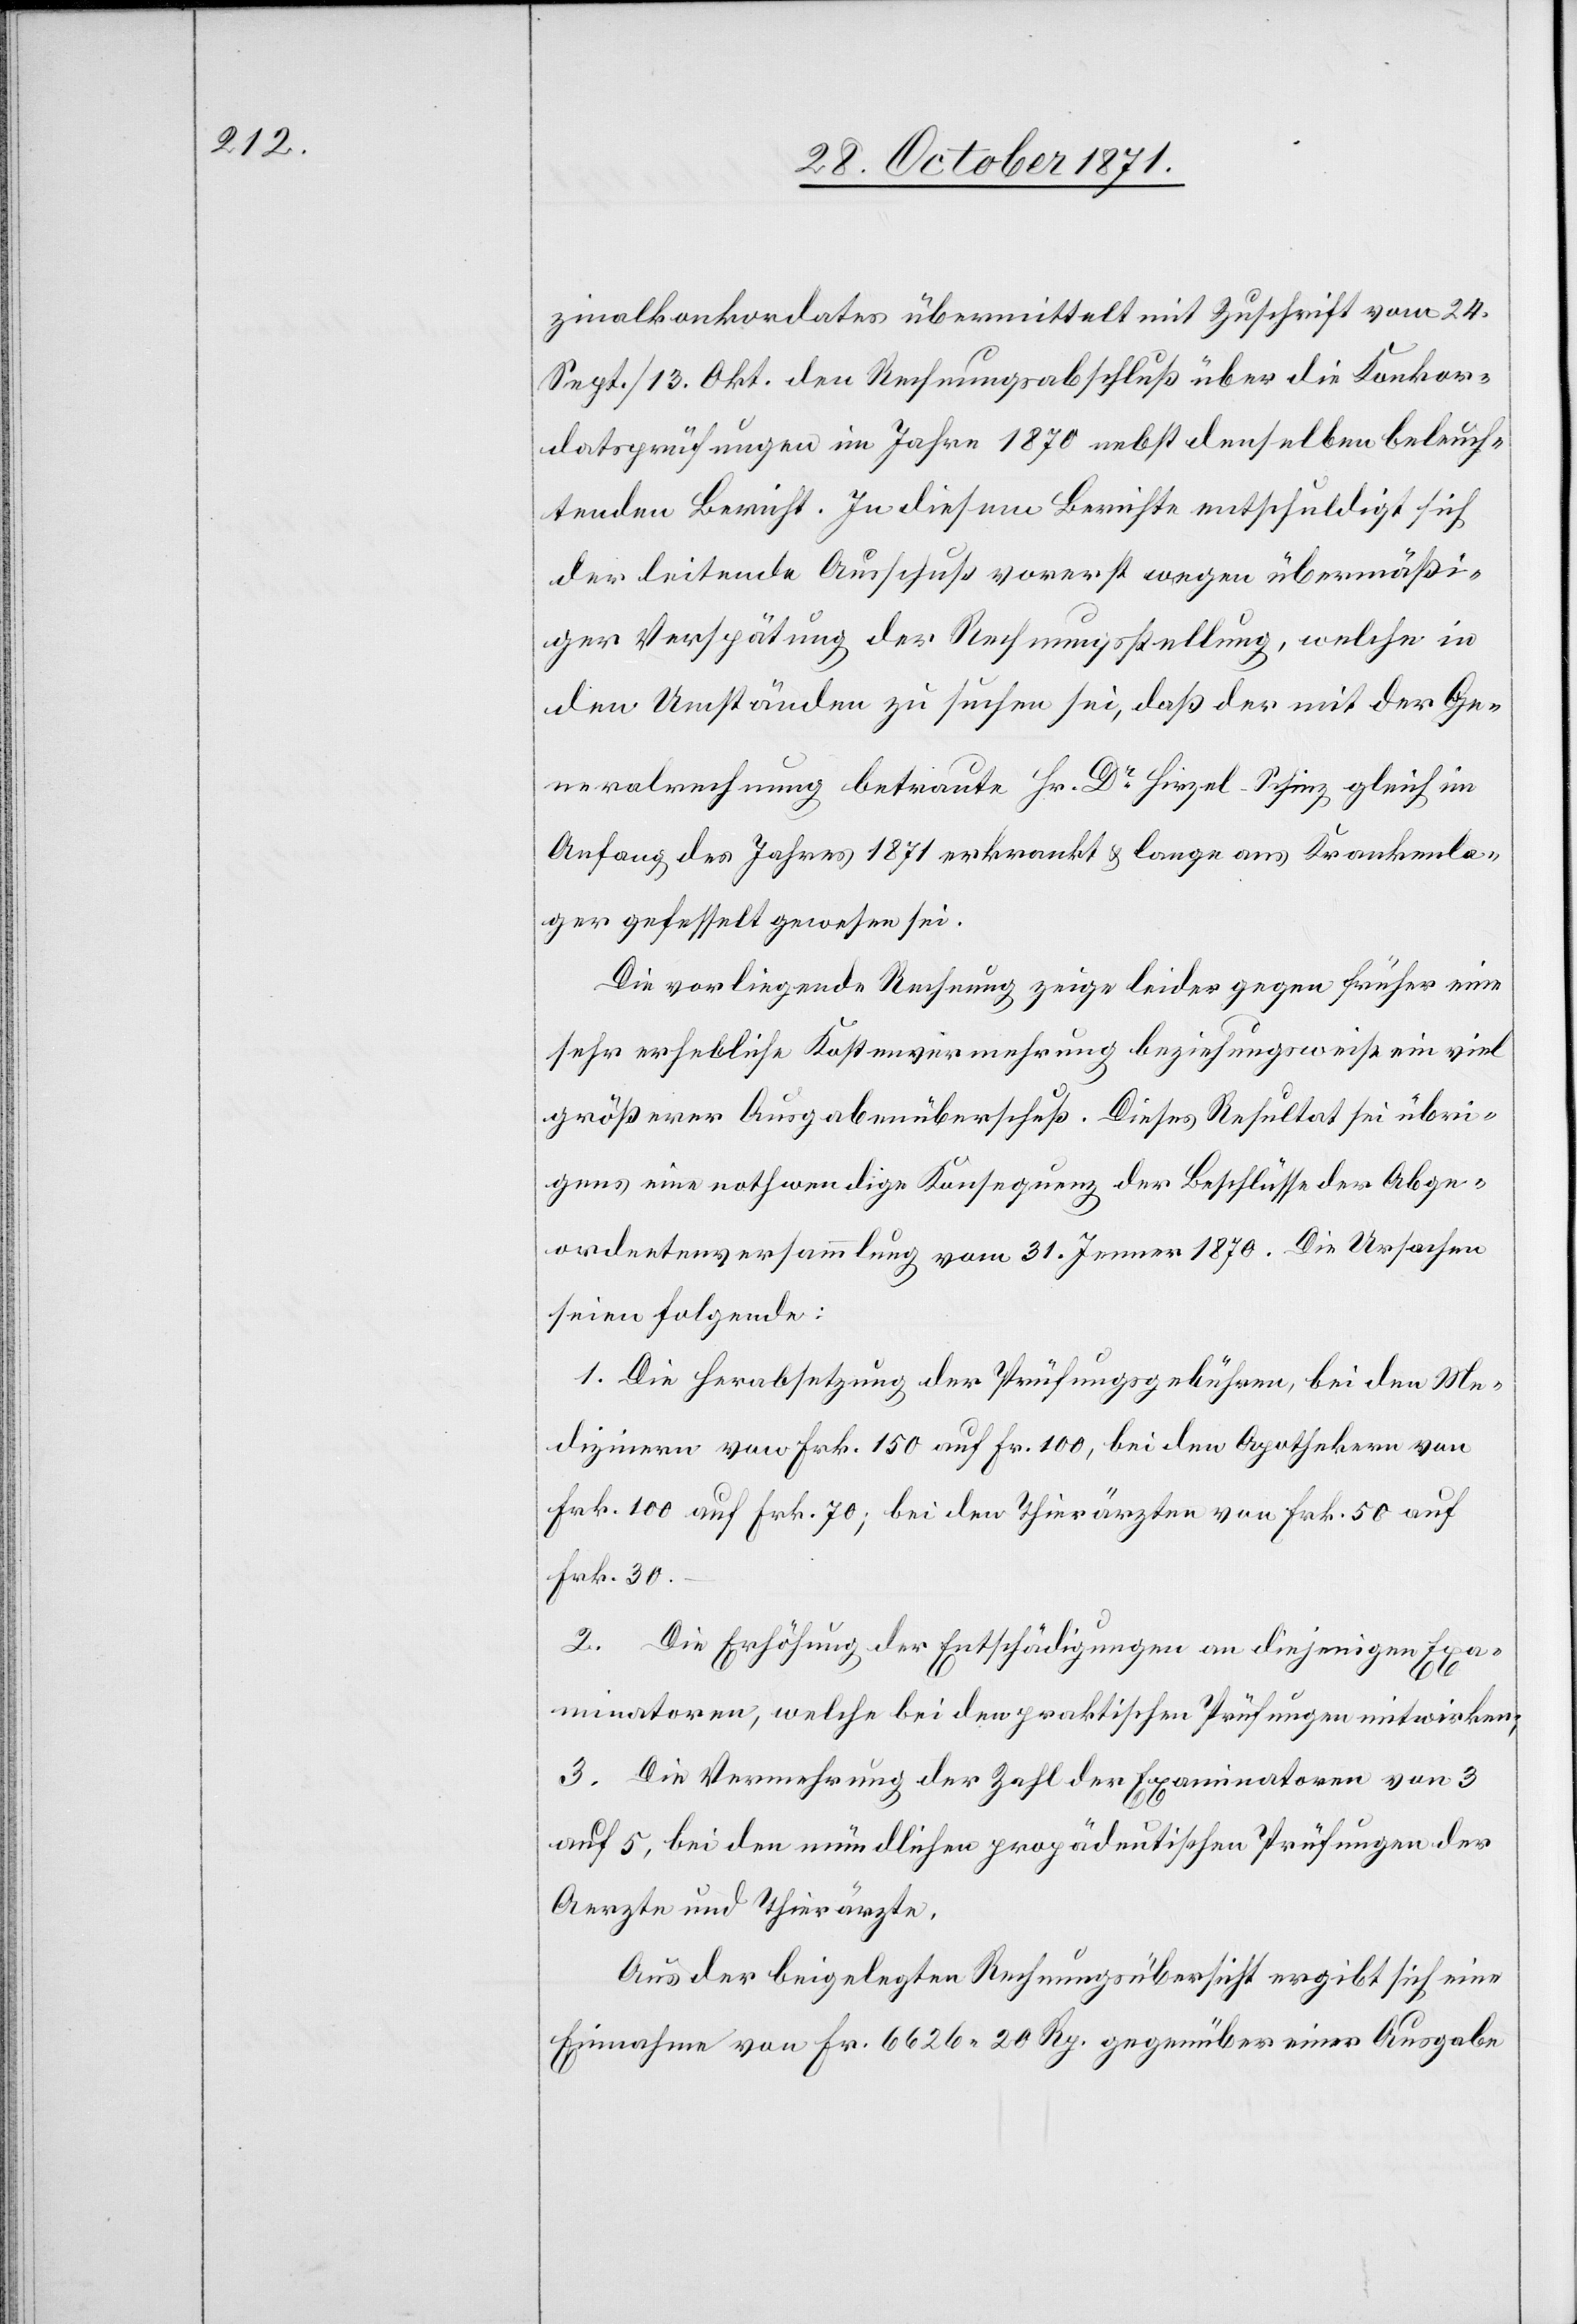
zinalkonkordates übermittelt mit Zuschrift vom 24.
Sept. / 13. Okt. den Rechnungsabschluß über die Konkor¬
datsprüfungen im Jahre 1870 nebst denselben beleuch¬
tenden Bericht. In diesem Berichte entschuldigt sich
der leitende Ausschuß vorerst wegen übermäßi¬
ger Verspätung der Rechnungsstellung, welche in
den Umständen zu suchen sei, daß der mit der Ge¬
neralrechnung betraute Hr. Dr Hirzel-Schinz gleich im
Anfang des Jahres 1871 erkrankt & lange ans Krankenla¬
ger gefesselt gewesen sei.
Die vorliegende Rechnung zeige leider gegen früher eine
sehr erhebliche Kostenvermehrung beziehungsweise ein viel
größerer Ausgabenüberschuß. Dieses Resultat sei übri¬
gens eine nothwendige Konsequenz der Beschlüsse der Abge¬
ordnetenversammlung vom 31. Jenner 1870. Die Ursache
seien folgende:
1. die Herabsetzung der Prüfungsgebühren, bei den Me¬
dizinern von Frk. 150 auf Fr. 100, bei den Apothekern von
Frk. 100 auf Frk. 70, bei den Thierärzten von Frk. 50 auf
Frk. 30.
2. Die Erhöhung der Entschädigungen an diejenigen Exa¬
minatoren, welche bei den praktischen Prüfungen mitwirken;
3. die Vermehrung der Zahl der Examinatoren von 3
auf 5, bei den mündlichen propädeutischen Prüfungen der
Aerzte und Thierärzte.
Aus der beigelegten Rechnungsübersicht ergibt sich eine
Einnahme von Fr. 6626. 20 Rp. gegenüber einer Ausgabe